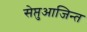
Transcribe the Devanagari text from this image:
सेप्तुआजिन्त